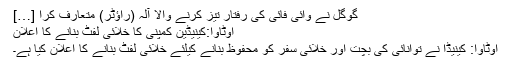
گوگل نے وائی فائی کی رفتار تیز کرنے والا آلہ (راؤٹر) متعارف کرا […]
اوٹاوا:کینیڈین کمپنی کا خلائی لفٹ بنانے کا اعلان
اوٹاوا: کینیڈا نے توانائی کی بچت اور خلائی سفر کو محفوظ بنانے کیلئے خلائی لفٹ بنانے کا اعلان کیا ہے۔